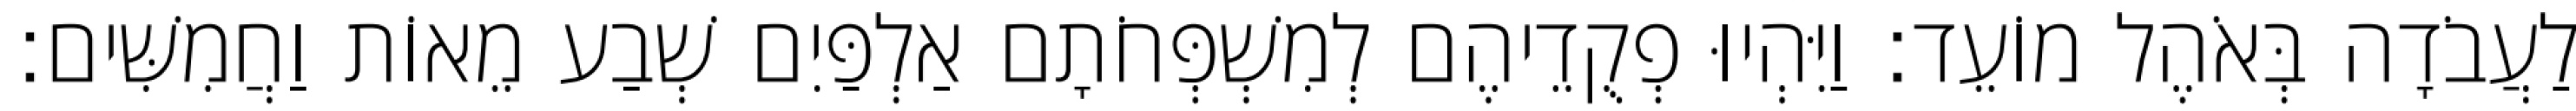
לַעֲבֹדָה בְּאֹהֶל מוֹעֵד׃ וַיִּהְיוּ פְקֻדֵיהֶם לְמִשְׁפְּחֹתָם אַלְפַּיִם שְׁבַע מֵאוֹת וַחֲמִשִּׁים׃